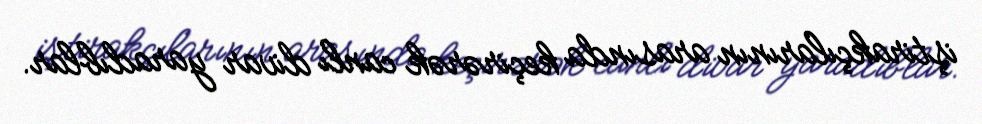
iştirakçılarının arasında keçirərək canlı divar yaradıblar.